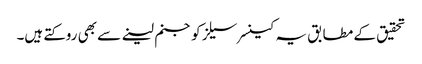
تحقیق کے مطابق یہ کینسر سیلز کو جنم لینے سے بھی روکتے ہیں۔